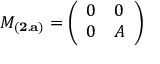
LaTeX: M _ { \bf ( 2 . a ) } = \left( \begin{array} { c c } { { 0 } } & { { 0 } } \\ { { 0 } } & { { A } } \end{array} \right)